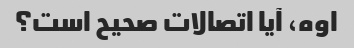
اوه، آیا اتصالات صحیح است؟